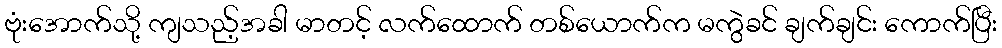
ဗုံးအောက်သို့ ကျသည့်အခါ မာတင့် လက်ထောက် တစ်ယောက်က မကွဲခင် ချက်ချင်း ကောက်ပြီး